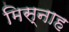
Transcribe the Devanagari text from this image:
मिस्नाह